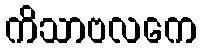
ကိသာဗလကေ